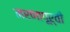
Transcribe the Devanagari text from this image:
मरणापूर्वी